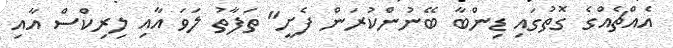
އެއްޗެއްގެ ގޮތުގައި ޑިންބާ ބޭނުންކުރަން ފެށީ" ތަފާތު ލަވަ އާއި ލިރިކްސް އާއި